Civil Veterinary Department Bihar & Orissa reports 1911-21 - 1911-1921
Year: 1911
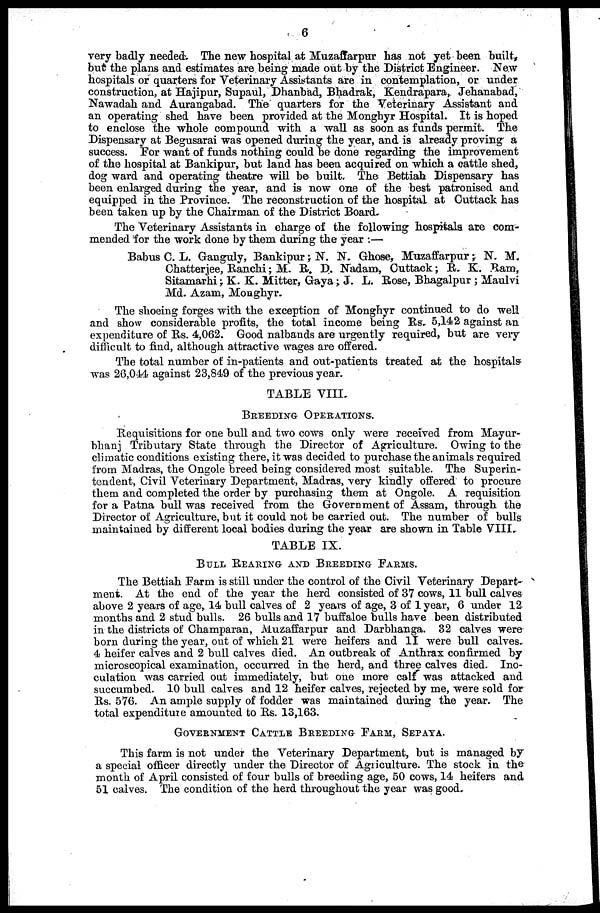
6
very badly needed The new hospital at Muzaffarpur has not yet been built,
but the plans and estimates are being made out by the District Engineer. New
hospitals or quarters for Veterinary Assistants are in contemplation, or under
construction, at Hajipur, Supaul, Dhanbad, Bhadrak, Kendrapara, Jehanabad,
Nawadah and Aurangabad. The quarters for the Veterinary Assistant and
an operating shed have been provided at the Monghyr Hospital. It is hoped
to enclose the whole compound with a wall as soon as funds permit. The
Dispensary at Begusarai was opened during the year, and is already proving a
success. For want of funds nothing could be done regarding the improvement
of the hospital at Bankipur, but land has been acquired on which a oattle shed,
dog ward and operating theatre will be built. The Bettiah Dispensary has
been enlarged during the year, and is now one of the best patronised and
equipped in the Province. The reconstruction of the hospital at Cuttack has
been taken up by the Chairman of the District Board.
The Veterinary Assistants in charge of the following hospitals are com-
mended for the work done by them during the year :—
Babus C. L. Ganguly, Bankipur; N. N. Ghose, Muzaffarpur ; N. M.
Chatterjee, Ranchi; M. R. D. Nadam, Cuttack ; R. K. Ham,
Sitamarhi ; K. K. Mitter, Gaya; J. L. Rose, Bhagalpur ; Maulvi
Md. Azam, Monghyr.
The shoeing forges with the exception of Monghyr continued to do well
and show considerable profits, the total income being Rs. 5,142 against an
expenditure of Rs. 4,062. Good nalbands are urgently required, but are very
difficult to find, although attractive wages are offered.
The total number of in-patients and out-patients treated at the hospitals
was 26,044 against 23,849 of the previous year.
TABLE VIII.
BREEDING OPERATIONS.
Requisitions for one bull and two cows only were received from Mayur-
bhanj Tributary State through the Director of Agriculture. Owing to the
climatic conditions existing there, it was decided to purchase the animals required
from Madras, the Ongole breed being considered most suitable. The Superin-
tendent, Civil Veterinary Department, Madras, very kindly offered to procure
them and completed the order by purchasing them at Ongole. A requisition
for a Patna bull was received from the Government of Assam, through the
Director of Agriculture, but it could not be carried out. The number of bulls
maintained by different local bodies during the year are shown in Table VIII.
TABLE IX.
BULL REARING AND BREEDING FARMS.
The Bettiah Farm is still under the control of the Civil Veterinary Depart-
ment. At the end of the year the herd consisted of 37 cows, 11 bull calves
above 2 years of age, 14 bull calves of 2 years of age, 3 of 1 year, 6 under 12
months and 2 stud bulls. 26 bulls and 17 buffaloe bulls have been distributed
in the districts of Champaran, Muzaffarpur and Darbhanga. 32 calves were
born during the year, out of which 21 were heifers and 11 were bull calves.
4 heifer calves and 2 bull calves died. An outbreak of Anthrax confirmed by
microscopical examination, occurred in the herd, and three calves died. Ino-
culation was carried out immediately, but one more calf was attacked and
succumbed. 10 bull calves and 12 heifer calves, rejected by me, were sold for
Rs. 576. An ample supply of fodder was maintained during the year. The
total expenditure amounted to Rs. 13,163.
GOVERNMENT CATTLE BREEDING FARM, SEPAYA.
This farm is not under the Veterinary Department, but is managed by
a special officer directly under the Director of Agriculture. The stock in the
month of April consisted of four bulls of breeding age, 50 cows, 14 heifers and
51 calves. The condition of the herd throughout the year was good.